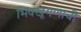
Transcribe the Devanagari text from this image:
भिक्खूगणाची